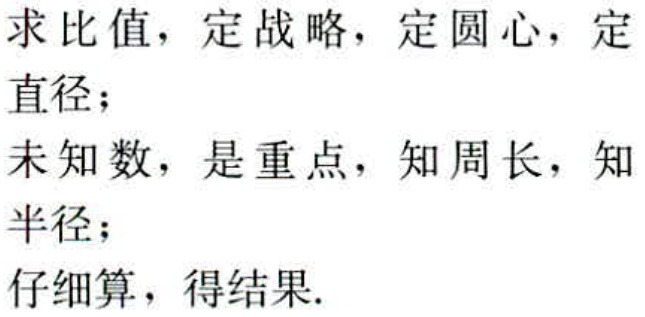
求比值，定战略，定圆心，定
直径；
未知数，是重点，知周长，知
半径；
仔细算，得结果.